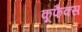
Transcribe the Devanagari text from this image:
कूफैक्स